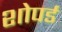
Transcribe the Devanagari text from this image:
शोपर्ड